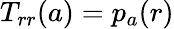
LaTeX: T_{rr}(a)=p_{a}(r)